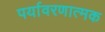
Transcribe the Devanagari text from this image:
पर्यावरणात्‍मक